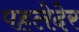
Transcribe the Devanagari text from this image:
पहलेदेर